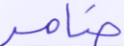
ضامر